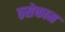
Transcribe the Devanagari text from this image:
ठसेकाम